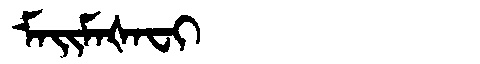
Manchu: ᠮᠠᡳᠮᠠᡧᠠᠸᡳ
Romanization: MAIMAŠAFI